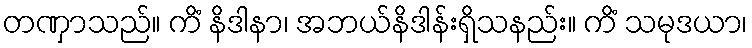
တဏှာသည်။ ကိံ နိဒါနာ၊ အဘယ်နိဒါန်းရှိသနည်း။ ကိံ သမုဒယာ၊